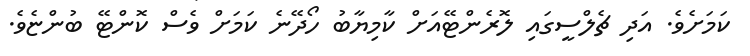
ކަމަށެވެ. އަދި ޗެލްސީގައި ލޮރެންޓޭއަށް ކާމިޔާބު ހޯދޭނެ ކަމަށް ވެސް ކޮންޓޭ ބުންޏެވެ.